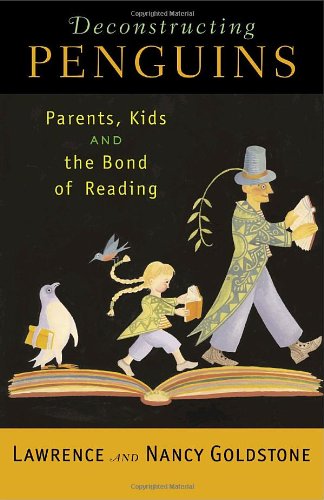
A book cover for Deconstructing Penguins: Parents, Kids, and the Bond of Reading; Lawrence Goldstone; Parenting & Relationships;